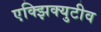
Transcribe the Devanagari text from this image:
एक्झिक्युटीव